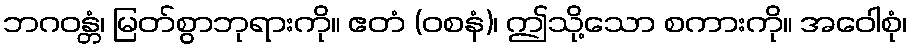
ဘဂဝန္တံ၊ မြတ်စွာဘုရားကို။ ဧတံ (ဝစနံ)၊ ဤသို့သော စကားကို။ အဝေါစုံ၊